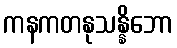
ကနကတနုသန္နိဘော